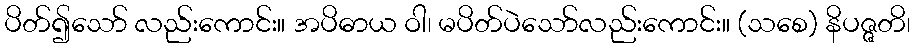
ပိတ်၍သော် လည်းကောင်း။ အပိဓာယ ဝါ၊ မပိတ်ပဲသော်လည်းကောင်း။ (သစေ) နိပဇ္ဇတိ၊